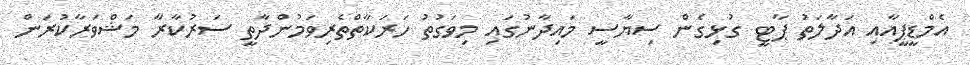
އެމްޑީޕީއާއި އަދާލަތު ޕާޓީ ގުޅިގެން ސިޔާސީ މައިދާނުގައި މިވަގުތު ހަރަކާތްތެރިވަމުންދާތީ ސަރުކާރާ މަޝްވަރާކުރަން